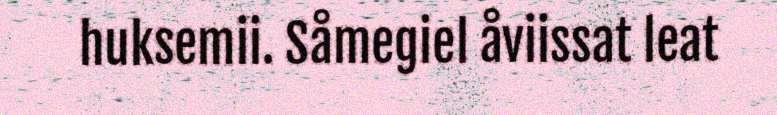
huksemii. Såmegiel åviissat leat